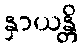
နှာယန္တိ